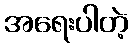
အရေးပါတဲ့